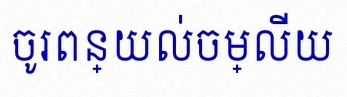
ចូរពន្យល់ចម្លើយ